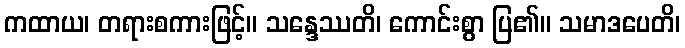
ကထာယ၊ တရားစကားဖြင့်။ သန္ဒေဿတိ၊ ကောင်းစွာ ပြ၏။ သမာဒပေတိ၊